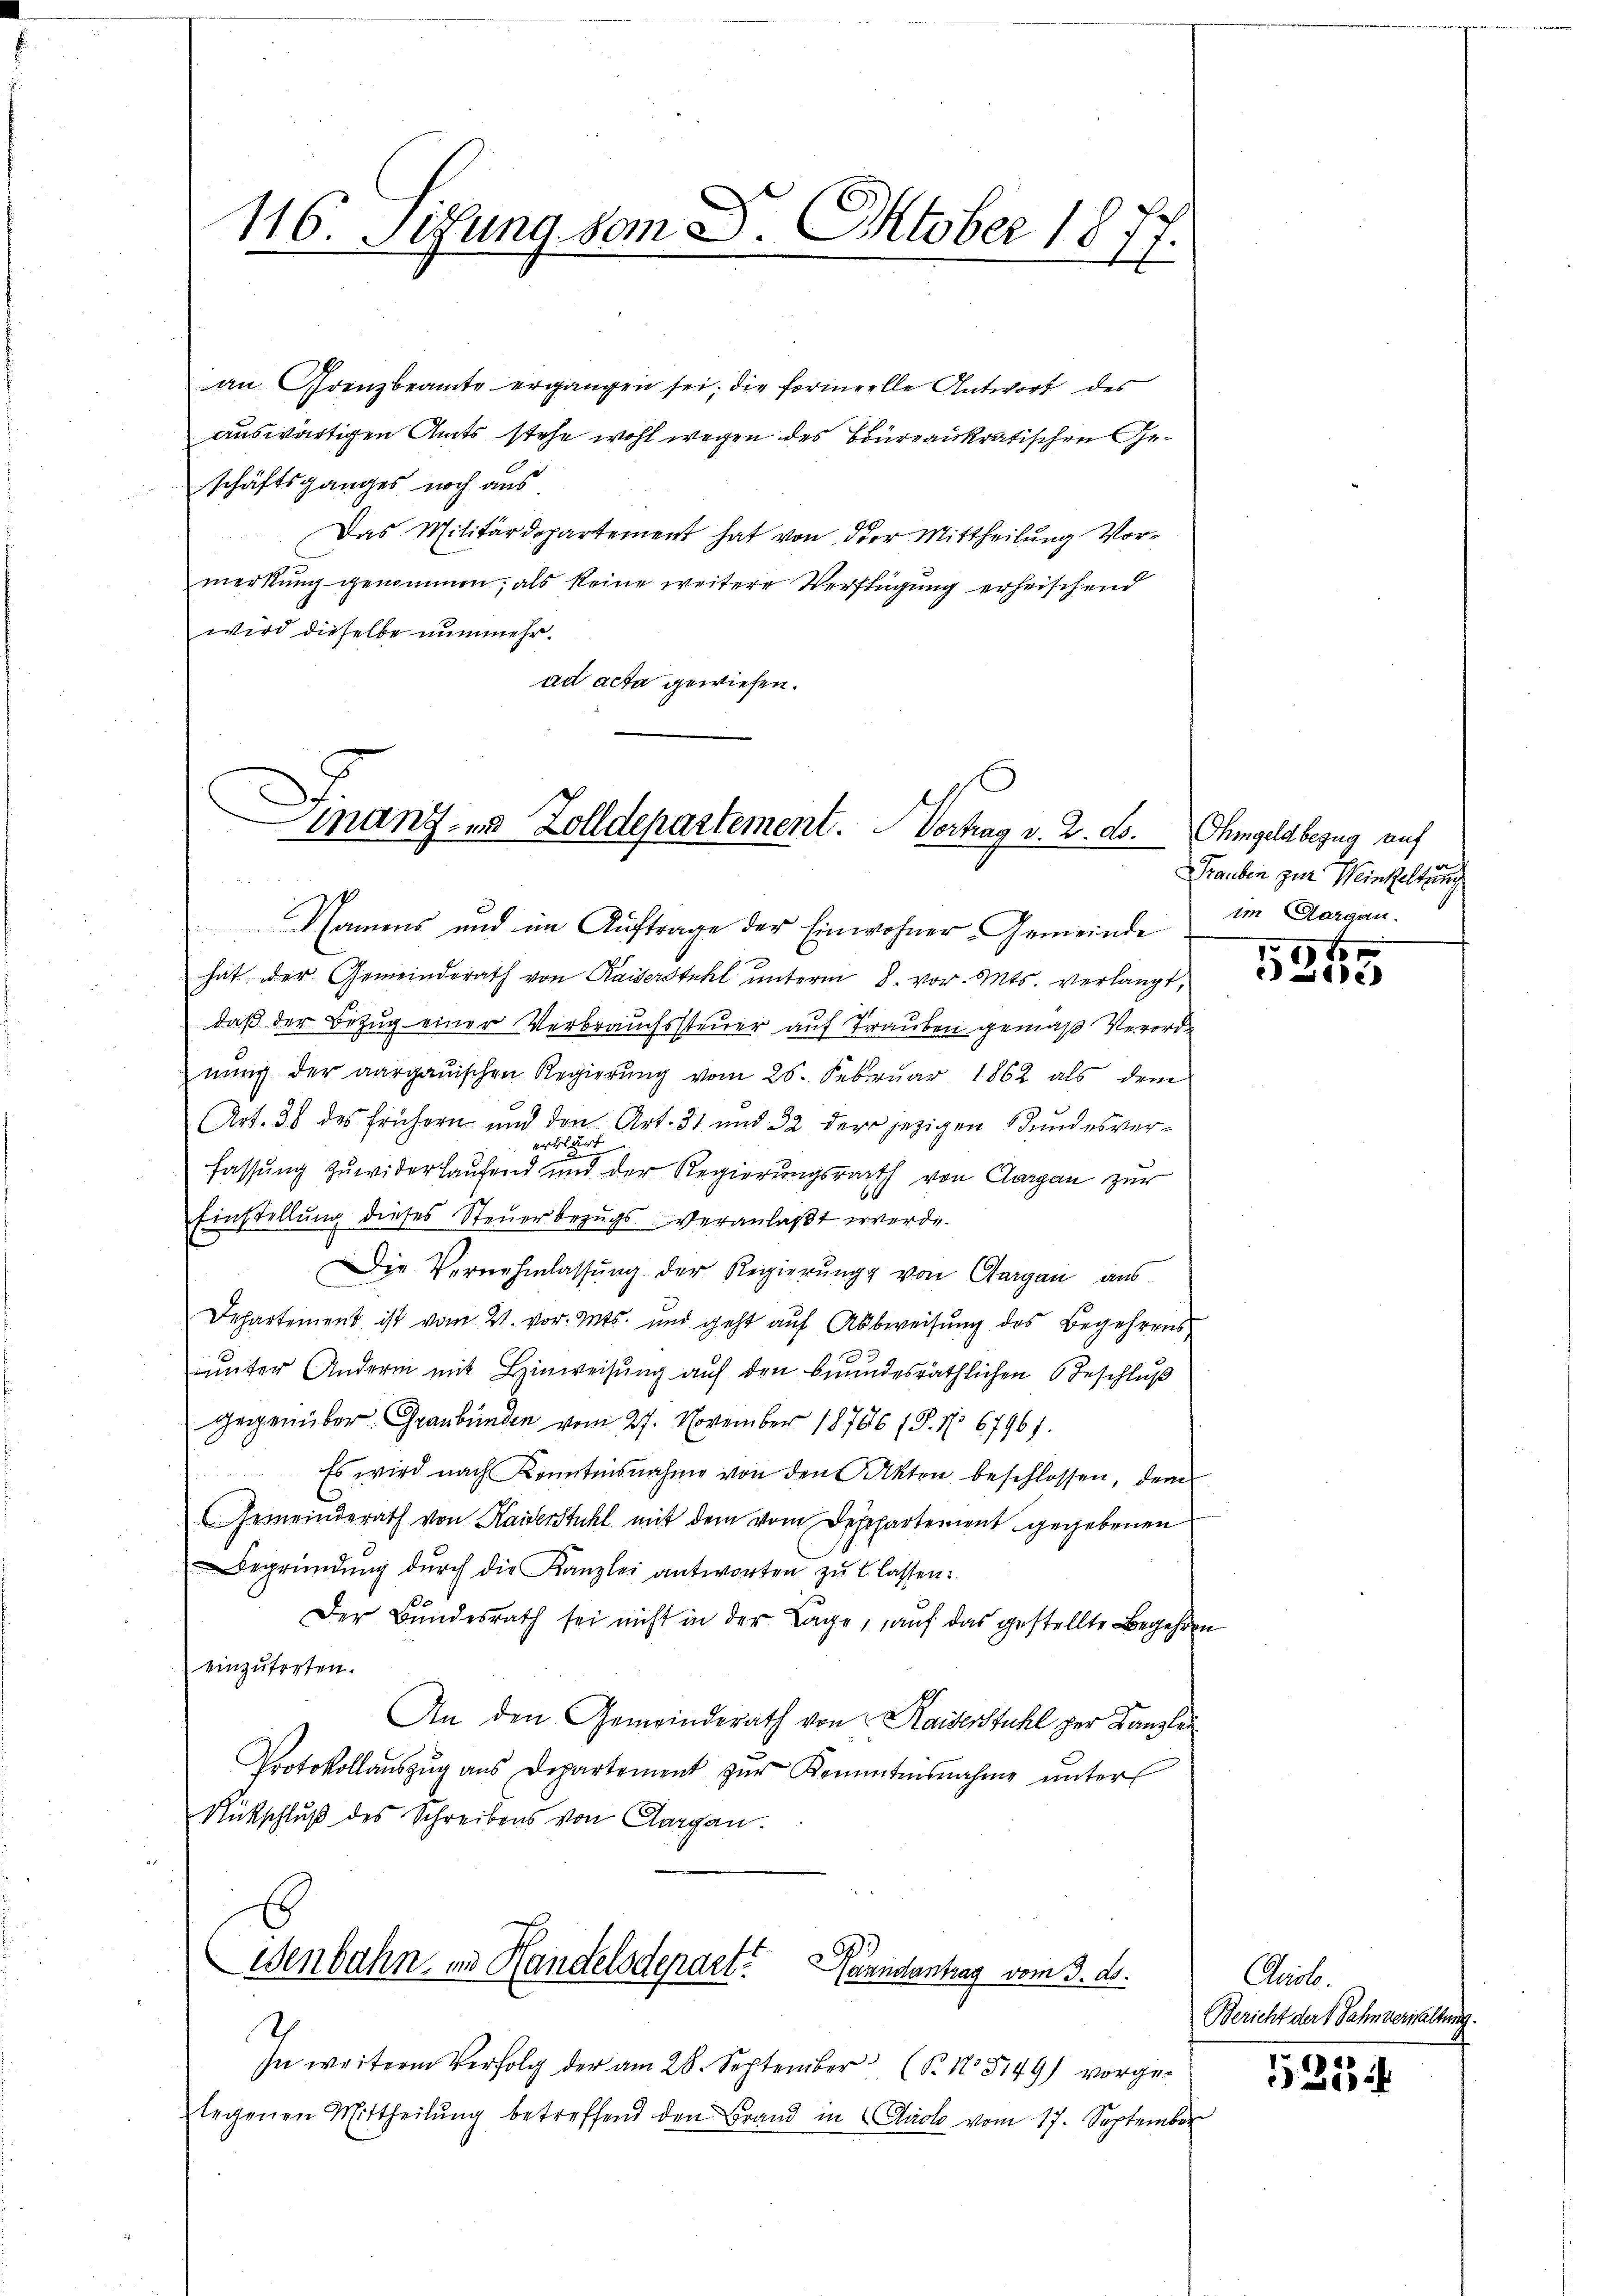
116. Sitzung vom 8. Oktober 187
—
2.

an Grenzbeamte ergangen sei, die formelle Antwort des
auswärtigen Amts stehe wohl wegen des Bureaukratischen Geschäftsganges noch aus
Das Militärdepartement hat von der Mittheilung Vormerkŭng genommen; als keine weitere Verfügung erheischend
wird dieselbe nunmehr.
ad acta gewiesen.

manz- und Zolldepartement. Vortrag v. 2. ds. Ohmgeldbezug auf
Namens und im Auftrage der Einwohner-Gemeinde im Aargau.

hat der Gemeinderath von Kaiserstuhl unterm 8. vor. Mts. verlangt,
daß der Bezug einer Verbrauchssteuer auf Trauben gemäß Verordnung der aargauischen Regierung vom 25. Februar 1862 als dem
Art. 36 des frühern und den Art. 31 und 32 der jezigen Bundesverfassung zuwiderlaufend und der Regierungsrath von Aargau zur
6
Einstellŭng dieses Steŭerbezŭgs veranlaßt werde.
Die Vernehmlassung der Regierung von Aargau aus
Departement ist vom 21. vor. Mts. und geht auf Abbweisung des Begehrens
unter Andern mit Hinweisung auf den beundesräthlichen Beschluß
gegenüber. Graubünden vom 27. November 18786 (8. No 67961.
Es wird nach Kenntnisnahme von den Akten beschlossen, dem
Gemeinderath von Kaiserstuhl mit dem vom Depppartement gegebenen
Begründŭng dŭrch die Kanzlei antworten zŭ lassen:
Der Bŭndesrath sei nicht in der Lage, auf das gestellte Begehren
einzutreten.
An den Gemeinderath von Kaiserstuhl zur Kanzlei¬
Protokollaŭszŭg aŭs Departement zŭr Kommtnisnahme ŭnter
Rückschluß des Schreibens von Aargau.

Wenbahn, in Handelsdepart. Brandantrag vom 3. ds.

.
In weitere Verfolg der am 28. September (S. Nr. 3149) vorge-
legenen Mittheilung betreffend den Brand in Glück vom 17. September

Grauben zur Winkeltung

e
16
ie)

Ctcolo.
Bericht der Sahnverwaltung.

5214